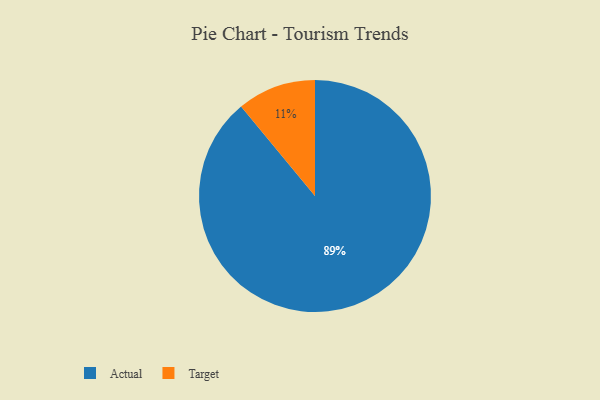
{"axis": {"x": "Category", "y": "Percentage"}, "legend": ["Actual", "Target"], "data": [{"x": "Actual", "y": 89, "type": "Actual"}, {"x": "Target", "y": 11, "type": "Target"}]}